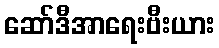
ဆော်ဒီအာရေးဗီးယား